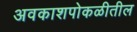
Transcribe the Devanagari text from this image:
अवकाशपोकळीतील